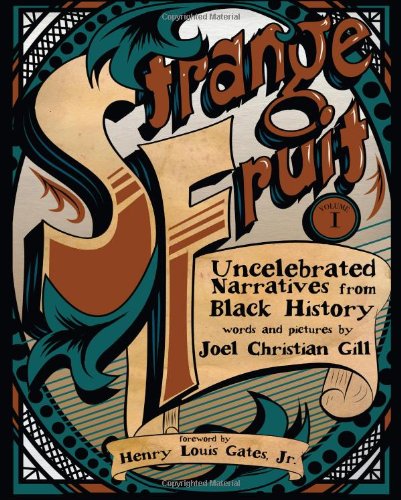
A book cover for Strange Fruit, Volume I: Uncelebrated Narratives from Black History; Comics & Graphic Novels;